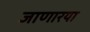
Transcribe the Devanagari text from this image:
जाणारया